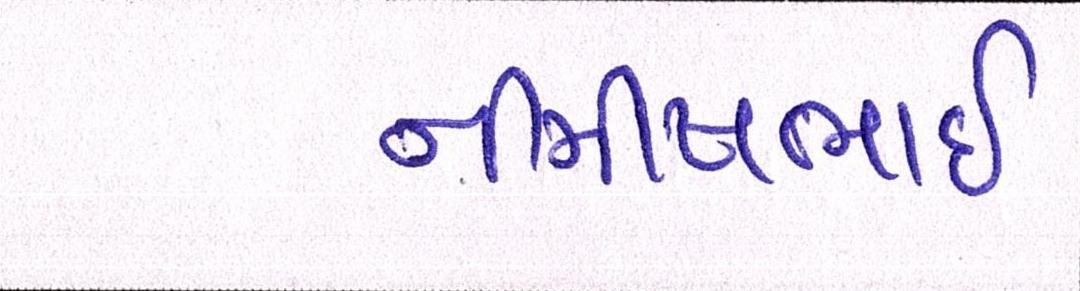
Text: નીમીષભાઈ